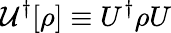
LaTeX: \mathcal{U}^{\dagger}[\rho]\equiv U^{\dagger}\rho U